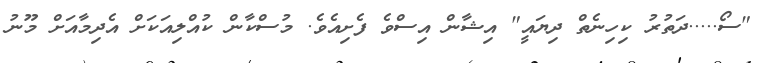
"ސޯ.....ދަތުރު ކިހިނެތް ދިޔައީ" އިޝާން އިސްވެ ފެށިއެވެ. މުސްކާން ކުއްލިއަކަށް އެދިމާއަށް މޫނު